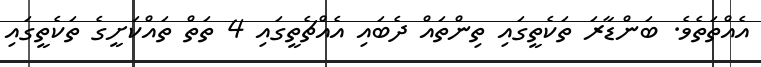
އެއްތަތެވެ. ބަންޑާރަ ތަކެތީގައި ތިންތައް ދެބައި އެއްޗެތީގައި 4 ތަތް ތައްކަށީގެ ތަކެތީގައި